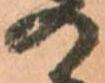
の